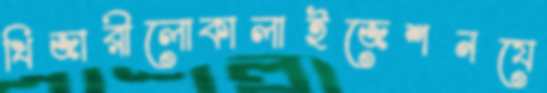
খিজারীলোকালাইজেশনযে